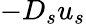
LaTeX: -D_{s}u_{s}